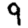
Digit: 9